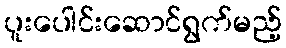
ပူးပေါင်းဆောင်ရွက်မည့်